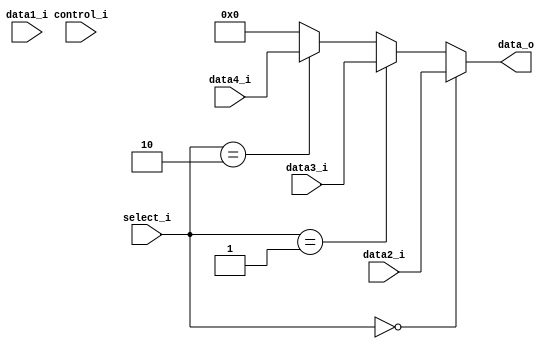
module MUX_ForwardingA
(
	data1_i,
	data2_i,
	data3_i,
	data4_i,
	select_i,
	control_i,
	data_o
);

input	[ 4:0]		data1_i;
input	[31:0]		data2_i;	
input	[31:0]		data3_i;
input	[31:0]		data4_i;
input	[ 1:0]		select_i;
input	[ 3:0]		control_i;
output	[31:0]		data_o;

assign	data_o		= //(control_i == 4'b0110) ? data1_i:	//don't need this because it is pointer + offset
					  //(control_i == 4'b0111) ? data1_i:
					  (select_i == 2'b00) ? data2_i:	// 00 register data
					  (select_i == 2'b01) ? data3_i:	// 01 MEM hazard (input from MEMWB)
					  (select_i == 2'b10) ? data4_i:	// 10 EX hazard (input from EXMEM)
					  0;

endmodule